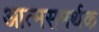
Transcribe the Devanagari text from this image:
आत्मसमर्थक